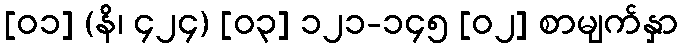
[၀၁] (နိ၊ ၄၂၄) [၀၃] ၁၂၁-၁၄၅ [၀၂] စာမျက်နှာ